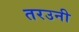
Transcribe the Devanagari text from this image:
तरउनी